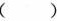
( )